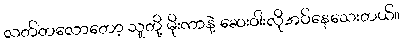
လတ်တလောတော့ သူတို့ မိုးကာနဲ့ ဆေးဝါးလိုအပ်နေသေးတယ်။